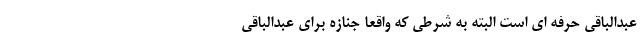
عبدالباقی حرفه ای است البته به شرطی که واقعا جنازه برای عبدالباقی